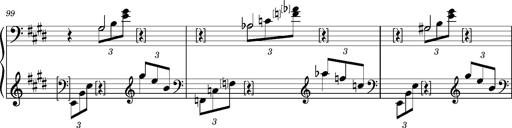
Title: PrÃ©ludes et Harmonies poÃ©tiques et religieuses
Composer: Franz Liszt